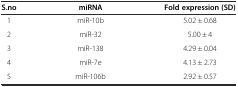
| S.no | miRNA | Fold expression (SD) |
 | --- | --- | --- |
 | 1 | miR-10b | 5.02 ± 0.68 |
 | 2 | miR-32 | 5.00 ± 4 |
 | 3 | miR-138 | 4.29 ± 0.04 |
 | 4 | miR-7e | 4.13 ± 2.73 |
 | 5 | miR-106b | 2.92 ± 0.57 |